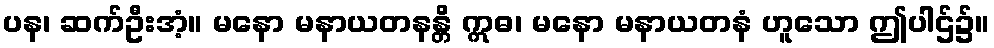
ပန၊ ဆက်ဦးအံ့။ မနော မနာယတနန္တိ ဣဓ၊ မနော မနာယတနံ ဟူသော ဤပါဌ်၌။